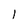
Character: l